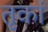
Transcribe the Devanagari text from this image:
तृकां